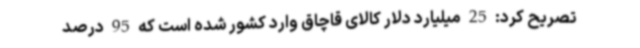
تصریح کرد: 25 میلیارد دلار کالای قاچاق وارد کشور شده است که 95 درصد